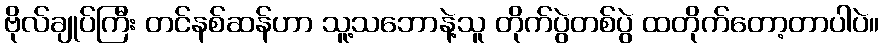
ဗိုလ်ချုပ်ကြီး တင်နစ်ဆန်ဟာ သူ့သဘောနဲ့သူ တိုက်ပွဲတစ်ပွဲ ထတိုက်တော့တာပါပဲ။